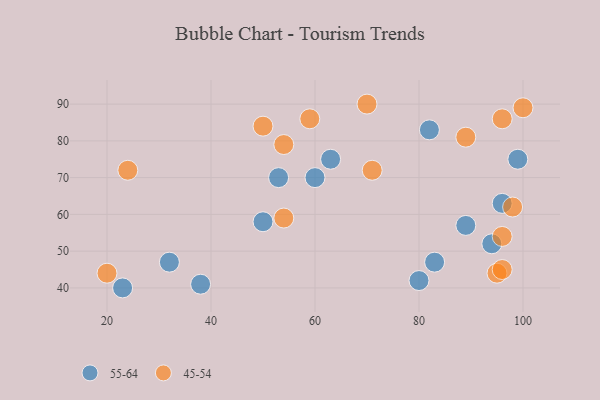
{"axis": {"x": "GDP", "y": "Life Expectancy"}, "legend": ["45-54", "55-64"], "data": [{"x": "23", "y": 40, "type": "55-64"}, {"x": "94", "y": 52, "type": "55-64"}, {"x": "89", "y": 57, "type": "55-64"}, {"x": "63", "y": 75, "type": "55-64"}, {"x": "38", "y": 41, "type": "55-64"}, {"x": "32", "y": 47, "type": "55-64"}, {"x": "60", "y": 70, "type": "55-64"}, {"x": "96", "y": 63, "type": "55-64"}, {"x": "50", "y": 58, "type": "55-64"}, {"x": "99", "y": 75, "type": "55-64"}, {"x": "82", "y": 83, "type": "55-64"}, {"x": "80", "y": 42, "type": "55-64"}, {"x": "53", "y": 70, "type": "55-64"}, {"x": "83", "y": 47, "type": "55-64"}, {"x": "95", "y": 44, "type": "45-54"}, {"x": "59", "y": 86, "type": "45-54"}, {"x": "89", "y": 81, "type": "45-54"}, {"x": "98", "y": 62, "type": "45-54"}, {"x": "24", "y": 72, "type": "45-54"}, {"x": "96", "y": 45, "type": "45-54"}, {"x": "54", "y": 59, "type": "45-54"}, {"x": "96", "y": 54, "type": "45-54"}, {"x": "71", "y": 72, "type": "45-54"}, {"x": "70", "y": 90, "type": "45-54"}, {"x": "100", "y": 89, "type": "45-54"}, {"x": "20", "y": 44, "type": "45-54"}, {"x": "54", "y": 79, "type": "45-54"}, {"x": "96", "y": 86, "type": "45-54"}, {"x": "50", "y": 84, "type": "45-54"}]}